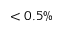
< 0 . 5 \%